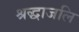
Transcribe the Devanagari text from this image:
श्रद्धाजलि